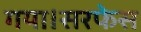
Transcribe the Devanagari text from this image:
गया।सरफेस